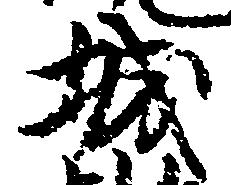
城